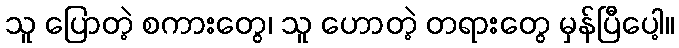
သူ ပြောတဲ့ စကားတွေ၊ သူ ဟောတဲ့ တရားတွေ မှန်ပြီပေါ့။